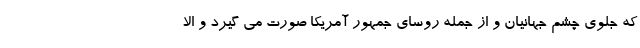
که جلوی چشم جهانیان و از جمله روسای جمهور آمریکا صورت می گیرد و الا